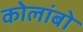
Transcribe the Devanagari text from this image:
कोलांबो